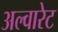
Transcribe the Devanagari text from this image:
अल्वारेट